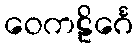
ဝေကဠိင်္ဂေ